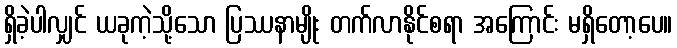
ရှိခဲ့ပါလျှင် ယခုကဲ့သို့သော ပြဿနာမျိုး တက်လာနိုင်စရာ အကြောင်း မရှိတော့ပေ။